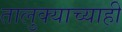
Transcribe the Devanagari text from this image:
तालुक्याच्याही